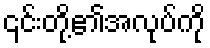
၎င်းတို့၏အလုပ်ကို